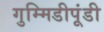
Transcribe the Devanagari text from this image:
गुम्मिडीपूंडी